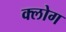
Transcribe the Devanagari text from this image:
क्लोग